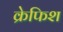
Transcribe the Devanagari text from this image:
क्रेफिश